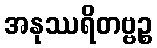
အနုဿရိတဗ္ဗဉ္စ